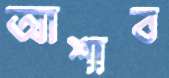
আশাব